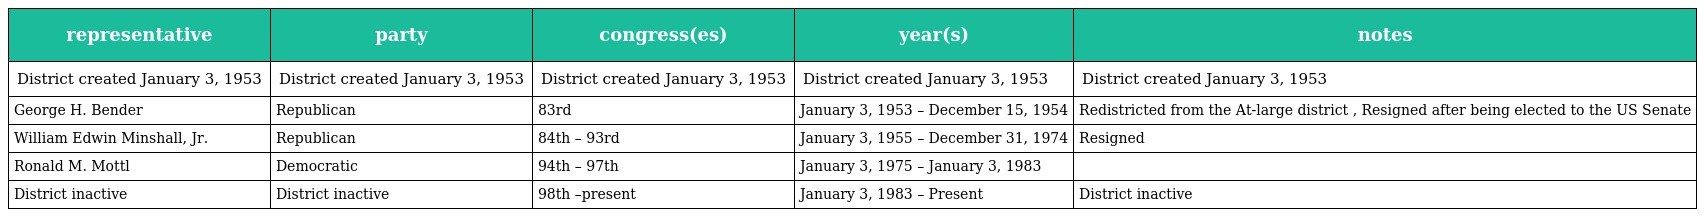
| representative | party | congress(es) | year(s) | notes |
 | --- | --- | --- | --- | --- |
 | District created January 3, 1953 | District created January 3, 1953 | District created January 3, 1953 | District created January 3, 1953 | District created January 3, 1953 |
 | George H. Bender | Republican | 83rd | January 3, 1953 – December 15, 1954 | Redistricted from the At-large district , Resigned after being elected to the US Senate |
 | William Edwin Minshall, Jr. | Republican | 84th – 93rd | January 3, 1955 – December 31, 1974 | Resigned |
 | Ronald M. Mottl | Democratic | 94th – 97th | January 3, 1975 – January 3, 1983 |  |
 | District inactive | District inactive | 98th –present | January 3, 1983 – Present | District inactive |